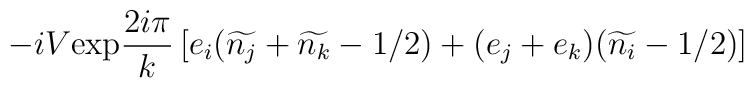
-iV\mbox{exp}\frac{2i\pi}{k}\left[e_{i}(\widetilde{n_{j}}+\widetilde{n_{k}}-1/2)+(e_{j}+e_{k})(\widetilde{n_{i}}-1/2)\right]